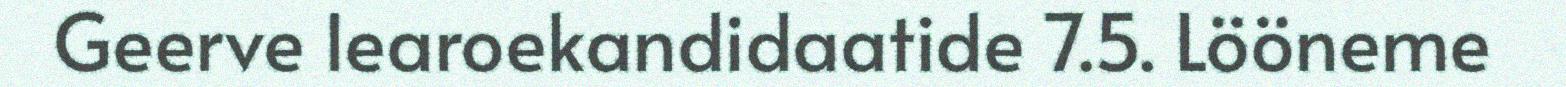
Geerve learoekandidaatide 7.5. Lööneme